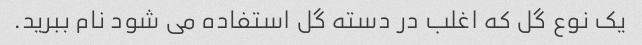
یک نوع گل که اغلب در دسته گل استفاده می شود نام ببرید.